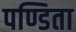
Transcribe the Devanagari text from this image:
पण्डिता